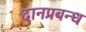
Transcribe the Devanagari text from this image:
दानप्रबन्ध